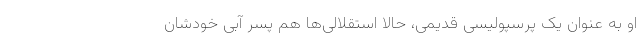
او به عنوان یک پرسپولیسی قدیمی، حالا استقلالی‌ها هم پسر آبی خودشان